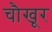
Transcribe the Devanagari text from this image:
चौखूर